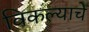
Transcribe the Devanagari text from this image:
विकल्याचे